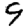
Digit: 9